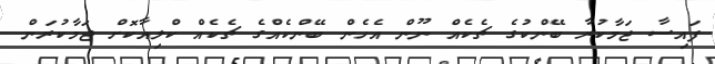
ފައިސާ ޖަމާކުރާ ބޭންކުގެ ޗެކެއް ނޫން އެހެން ބޭންކެއްގެ ޗެކެއް ކްލިއާކޮށް ޖަމާކުރަން